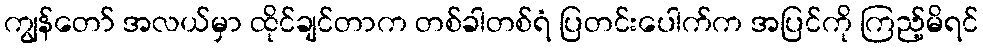
ကျွန်တော် အလယ်မှာ ထိုင်ချင်တာက တစ်ခါတစ်ရံ ပြတင်းပေါက်က အပြင်ကို ကြည့်မိရင်